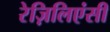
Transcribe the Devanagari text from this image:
रेज़िलिएंसी